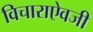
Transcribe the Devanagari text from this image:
विचाराऐवजी